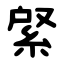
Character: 䋜